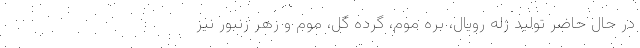
در حال حاضر تولید ژله رویال، بره موم، گرده گل، موم و زهر زنبور نیز